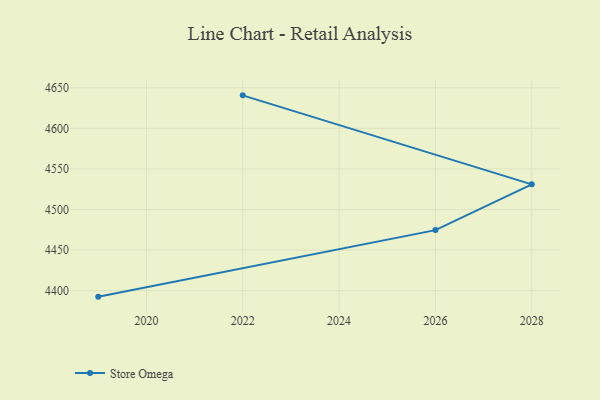
{"axis": {"x": "Year", "y": "Inventory Turnover"}, "legend": ["Store Omega"], "data": [{"x": "2022", "y": 4640.7, "type": "Store Omega"}, {"x": "2028", "y": 4531.0, "type": "Store Omega"}, {"x": "2026", "y": 4474.6, "type": "Store Omega"}, {"x": "2019", "y": 4392.6, "type": "Store Omega"}]}